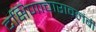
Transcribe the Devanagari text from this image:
दक्षिणाचारावलंबी